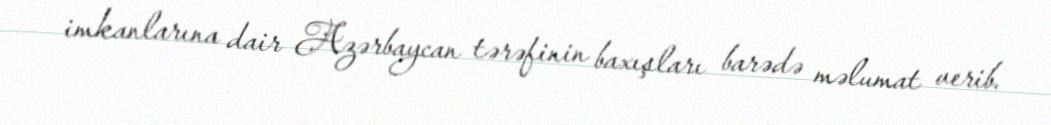
imkanlarına dair Azərbaycan tərəfinin baxışları barədə məlumat verib.